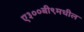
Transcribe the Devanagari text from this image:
ए३००बी९मधील